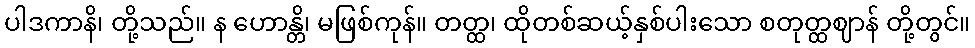
ပါဒကာနိ၊ တို့သည်။ န ဟောန္တိ၊ မဖြစ်ကုန်။ တတ္ထ၊ ထိုတစ်ဆယ့်နှစ်ပါးသော စတုတ္ထဈာန် တို့တွင်။